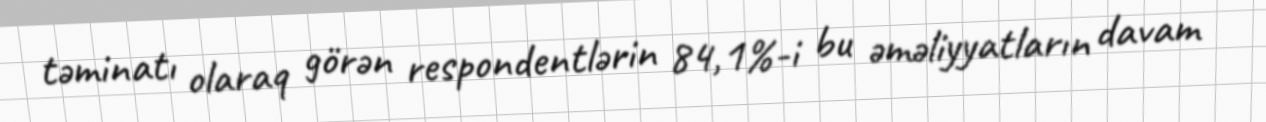
təminatı olaraq görən respondentlərin 84,1%-i bu əməliyyatların davam